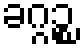
ခဂ္ဂဉ္စ